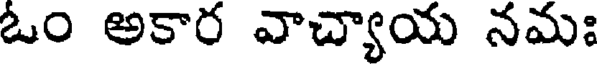
ఓం అకార వాచ్యాయ నమః